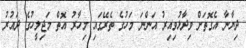
ދިޔާނާ އެގޮތަށް ވިދާޅުވިއިރު އަންނަ މަހުގެ ތެރޭގައި މިހާރު އޮތް މަޖިލީހުގެ ދައުރު